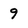
Character: 9